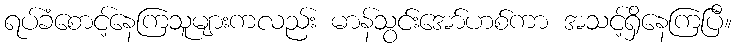
ရပ်ခံစောင့်နေကြသူများကလည်း မာန်သွင်းအော်ဟစ်ကာ အသင့်ရှိနေကြပြီ။